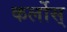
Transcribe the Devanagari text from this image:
कर्लोस्